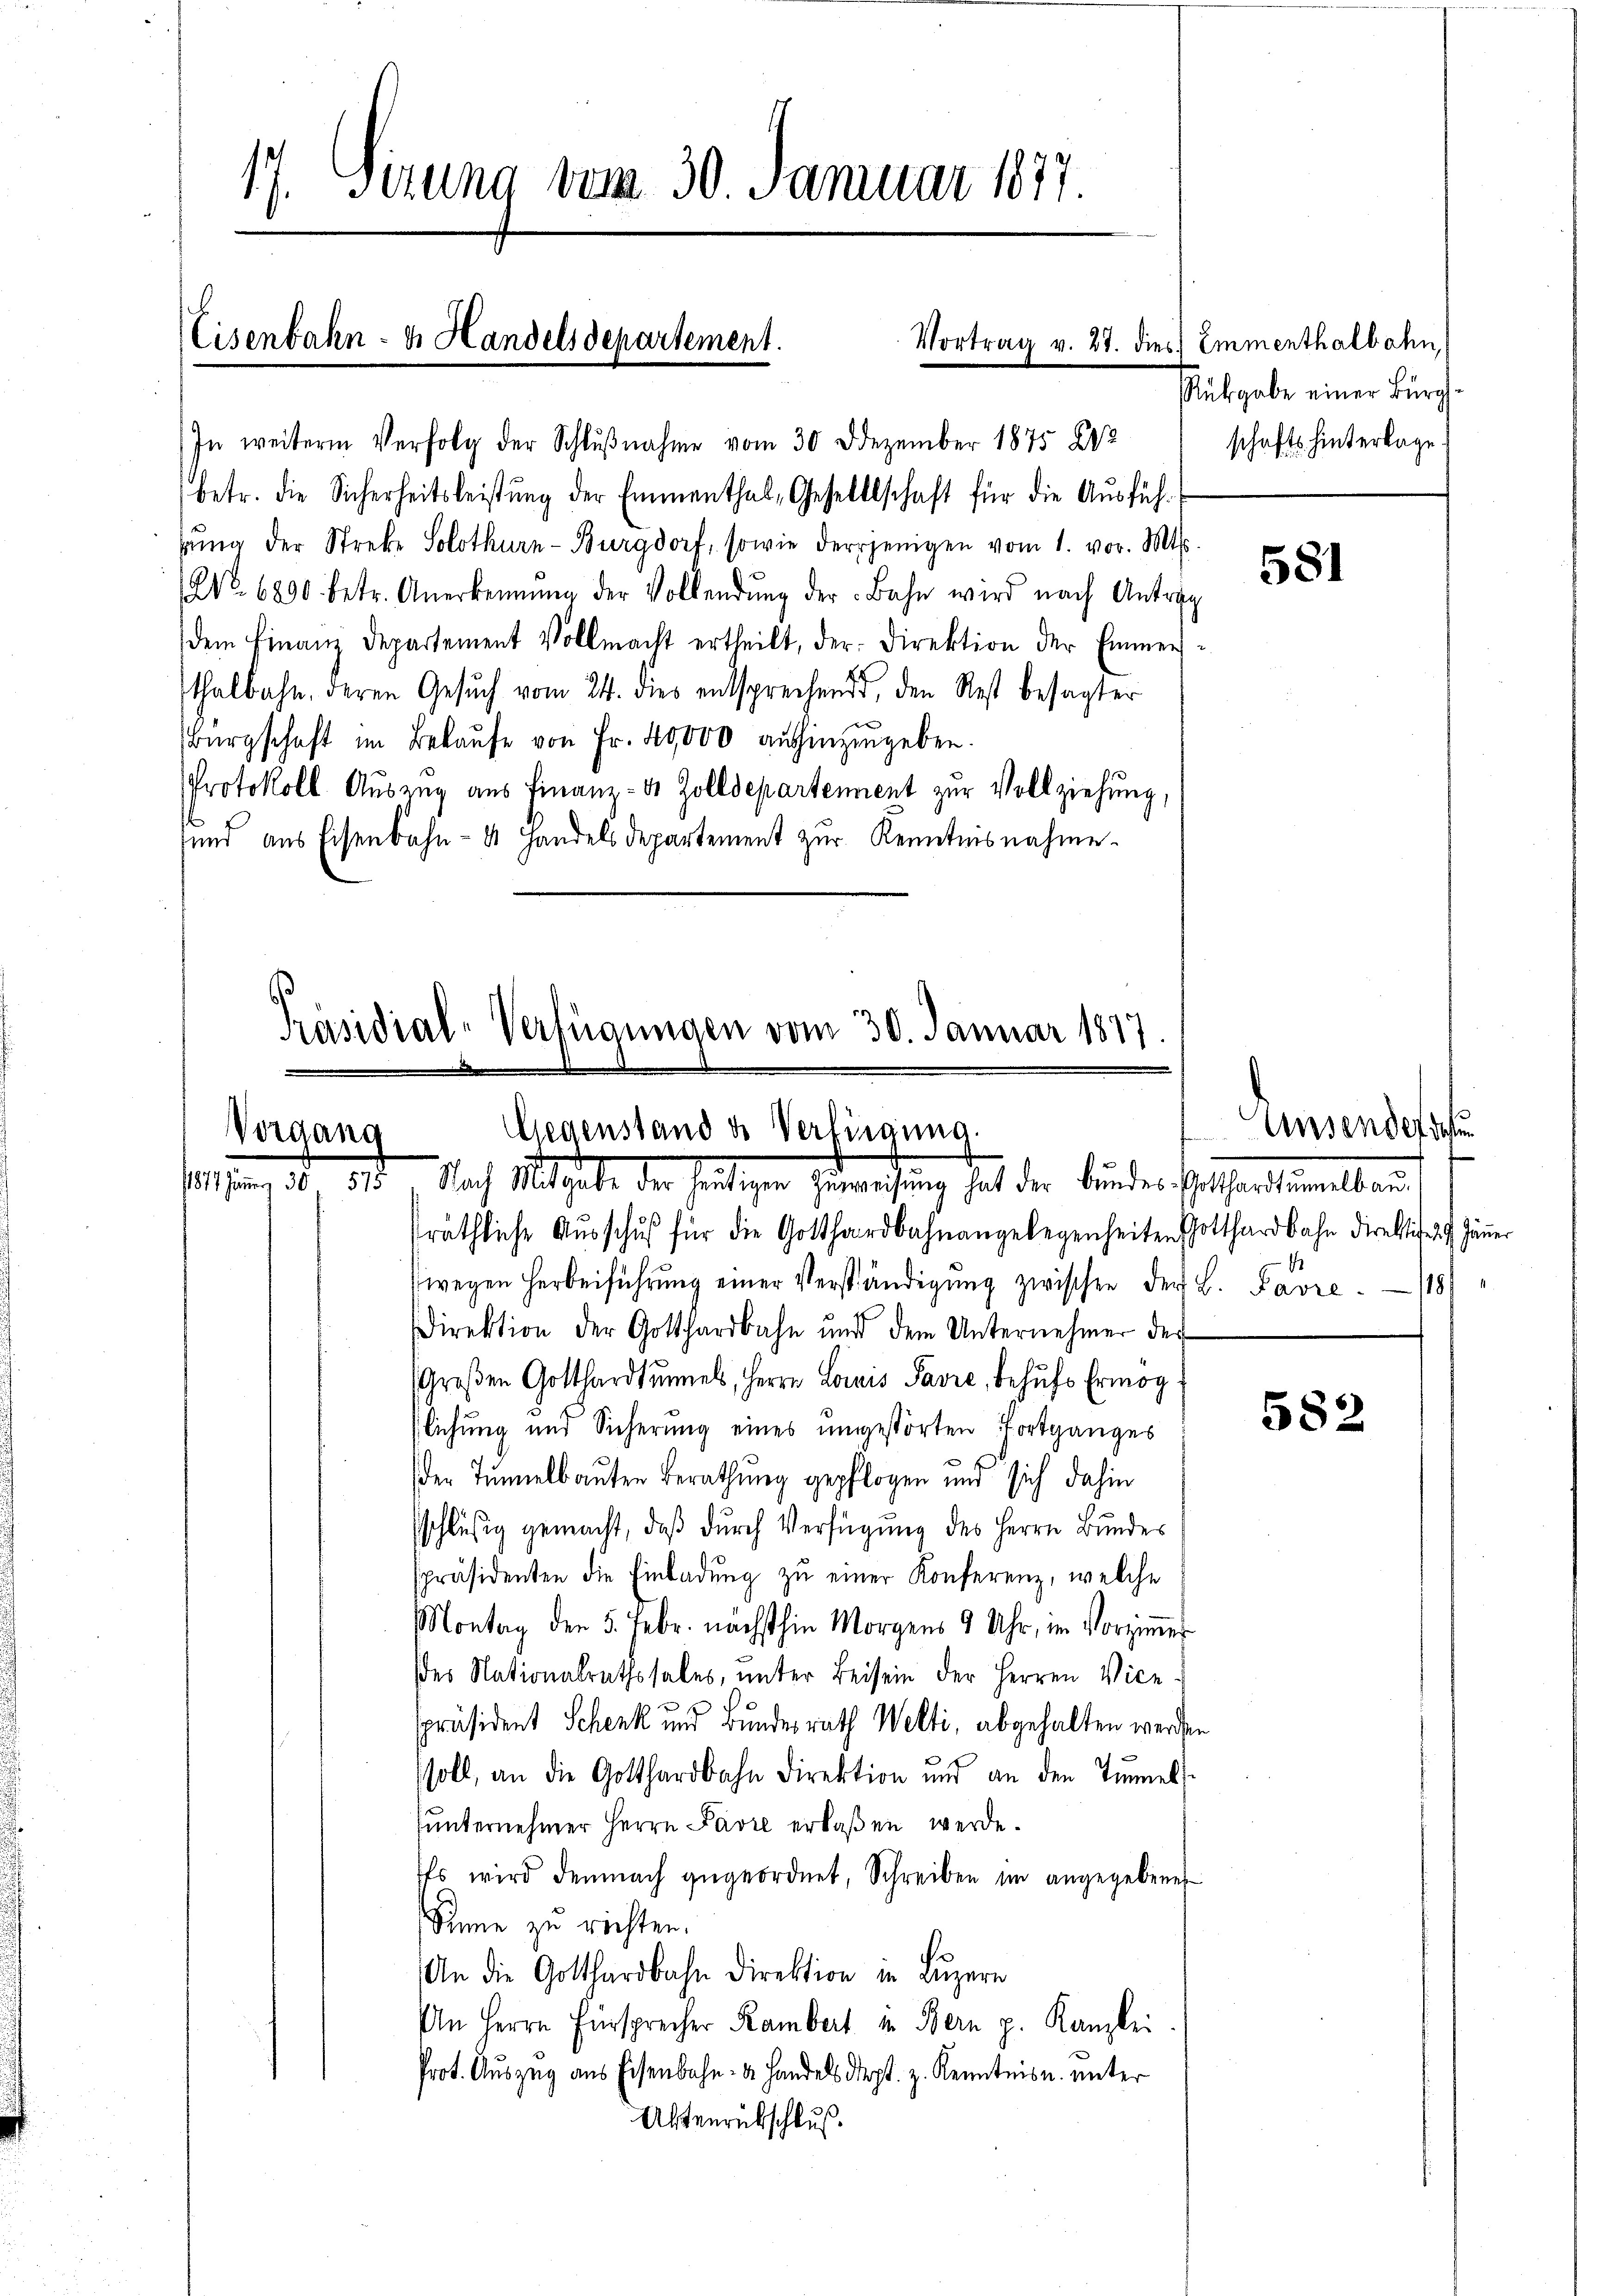
17. Sirung vom 30. Januar 1877

Eisenbahn- u. Handelsdepartement.

Vortrag v. 27. dies Emmenthalbahn

betr. die Sicherheitsleistung der Emmenthal, Gesellschaft für die Ausführ
rŭng der Streke Solothurn-Burgdorf, sowie derjenigen vom 1. vor. Mts.
No. 6890. betr. Anerkennung der Vollendŭng der Bahn wird nach Antrag
dem Finanz Departement Vollmacht ertheilt, der Direktion der Emmer
sthalbahn, deren Gesŭch vom 24. dies entsprechend, den Rest besagter
Bürgschaft im Bekaŭfe von Fr. 40,000 aushinzugeben.
Protokoll Auszug aus Finanz- u. Zolldepartement zur Vollziehung,
sund aus Eisenbahn- & Handels departement zur Kenntnisnahme.

In weiterem Verfolg der Schlŭβnahme vom 30. Dezember 1875 283

Präsidial-Verfügungen vom 30. Januar 1817.
Gegenstand u. Verfingung.
Vorgang
151 zum 30. 515. Nach Mitgabe der heutigen Zuweisung hat der Bundes Cathardsummelbau.

Präthliche Aŭsschŭβ für die Gotthardbahnangelegenheiten Gotthardbahn direktives 7. Jäner
wegen Herbeiführung einer Verständigung zwischen der L. Favre. 118
Direktion der Gotthardbahn und dem Unternehmer der
Großen Gotthardtŭmels, Herrn Louis Favre, behufs Ermögflichung und Sicherŭng eines ŭngestörten Fortganges
der Tunnelbauten Berathung gepflogen und sich dahin
sschlüssig gemacht, daß durch Verfügung des Herrn Bundes
spräsidenten die Einladŭng zŭ einer Konferenz, welche
Montag den 5. Febr. nächsthin Morgens 9 Uhr, im Vorzimmer
des Nationalrathssales, unter Beisein der Herren Vice-
präsident Schenk und Bundesrath Welti, abgehalten werden
soll, an die Gotthardbahn Direktion und an den Tunnels.
hunternehmer Herrn Pavre erlaßen werde.
Es wird demnach zugeordnet, Schreiben im angegebenen
Sinne zu richten.
An die Gotthardbahn direktion in Lŭzern
An Herrn Fürsprecher Rambert in Bern p. Kanzlei
Prot. Auszug aus Eisenbahn- u. Handels dept. z. Kenntnis u. unter
Aktenrübschluß

Rübgabe einer Bürg
schafts hinterlage.

581

Unsender den

582